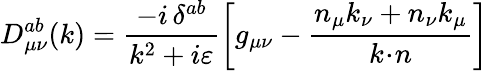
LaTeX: D_{\mu\nu}^{ab}(k)=\frac{-i\, \delta^{ab}}{k^{2}+i\varepsilon}\left[g_{\mu\nu}-\frac{n_{\mu}k_{\nu}+n_{\nu}k_{\mu}}{k\! \cdot\! n}\right]